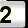
Digit: 2